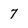
Character: 7